Civil Veterinary Department ledger series I-VI
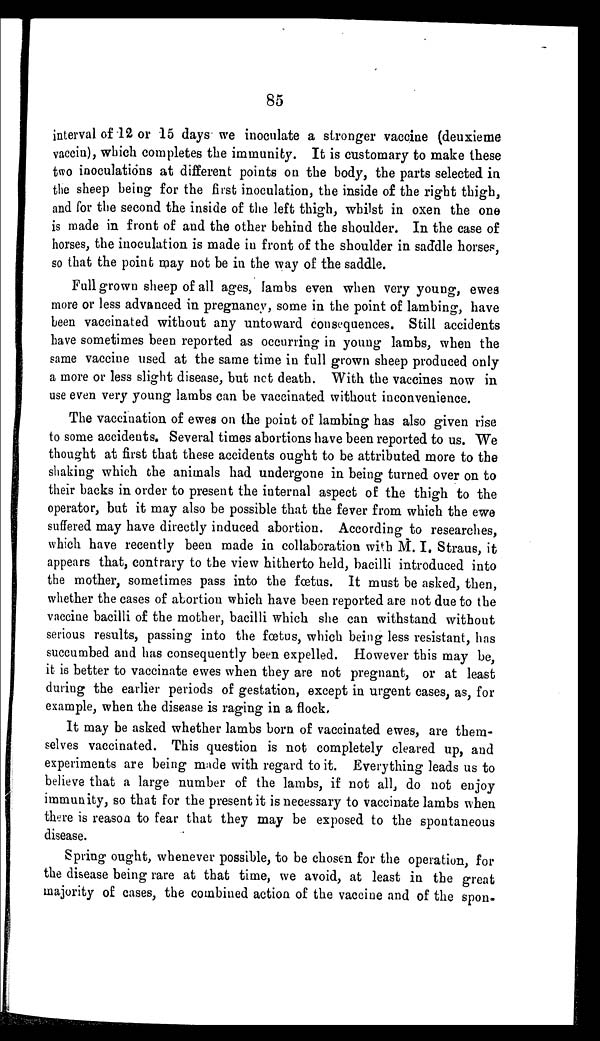
85
interval of 12 or 15 days we inoculate a stronger vaccine (deuxieme
vaccin), which completes the immunity. It is customary to make these
two inoculations at different points on the body, the parts selected in
the sheep being for the first inoculation, the inside of the right thigh,
and for the second the inside of the left thigh, whilst in oxen the one
is made in front of and the other behind the shoulder. In the case of
horses, the inoculation is made in front of the shoulder in saddle horses,
so that the point may not be in the way of the saddle.
Full grown sheep of all ages, lambs even when very young, ewes
more or less advanced in pregnancy, some in the point of lambing, have
been vaccinated without any untoward consequences. Still accidents
have sometimes been reported as occurring in young lambs, when the
same vaccine used at the same time in full grown sheep produced only
a more or less slight disease, but not death. With the vaccines now in
use even very young lambs can be vaccinated without inconvenience.
The vaccination of ewes on the point of lambing has also given rise
to some accidents. Several times abortions have been reported to us. We
thought at first that these accidents ought to be attributed more to the
shaking which the animals had undergone in being turned over on to
their backs in order to present the internal aspect of the thigh to the
operator, but it may also be possible that the fever from which the ewe
suffered may have directly induced abortion. According to researches,
which have recently been made in collaboration with M. I. Straus, it
appears that, contrary to the view hitherto held, bacilli introduced into
the mother, sometimes pass into the fœtus. It must be asked, then,
whether the cases of abortion which have been reported are not due to the
vaccine bacilli of the mother, bacilli which she can withstand without
serious results, passing into the fœtus, which being less resistant, has
succumbed and has consequently been expelled. However this may be,
it is better to vaccinate ewes when they are not pregnant, or at least
during the earlier periods of gestation, except in urgent cases, as, for
example, when the disease is raging in a flock.
It may be asked whether lambs born of vaccinated ewes, are them-
selves vaccinated. This question is not completely cleared up, and
experiments are being made with regard to it. Everything leads us to
believe that a large number of the lambs, if not all, do not enjoy
immunity, so that for the present it is necessary to vaccinate lambs when
there is reason to fear that they may be exposed to the spontaneous
disease.
Spring ought, whenever possible, to be chosen for the operation, for
the disease being rare at that time, we avoid, at least in the great
majority of cases, the combined action of the vaccine and of the spon-